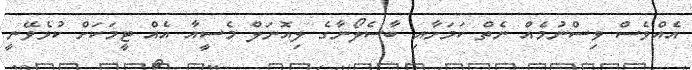
އެއްވެސް ވިސްނުމެއް ނެތް ކަމަށާއި ބާސެލޯނާގެ ލިއޮނަލް މެސީއާ އެއް ޓީމަކަށް ކުޅެވޭނީ